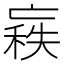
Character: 𠅼